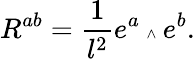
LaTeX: R^{ab}=\frac{1}{l^{2}}e^{a}{\mathrm{\tiny~\wedge~}}e^{b}.